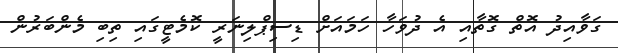
ގަވާއިދު އޮތް ގޮތާއި އެ ދުވަހާ ހަމައަށް ޑިސިޕްލިނަރީ ކޮމެޓީގައި ތިބި މެންބަރުން